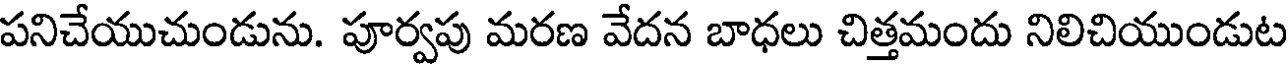
పనిచేయుచుండును. పూర్వపు మరణ వేదన బాధలు చిత్తమందు నిలిచియుండుట